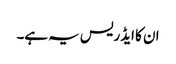
ان کا ایڈریس یہ ہے۔